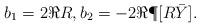
LaTeX: \begin{align*}b_1 = 2\Re R,b_2 = -2\Re\P[R\bar Y].\end{align*}